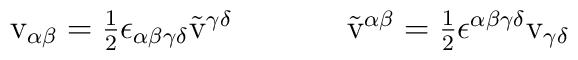
\begin{array}{cc}{\rm v}_{\alpha\beta}=\textstyle{\frac{1}{2}}\epsilon_{\alpha\beta\gamma\delta}\tilde{{\rm v}}^{\gamma\delta}~~~~&~~~~\tilde{{\rm v}}^{\alpha\beta}=\textstyle{\frac{1}{2}}\epsilon^{\alpha\beta\gamma\delta}{\rm v}_{\gamma\delta}\end{array}